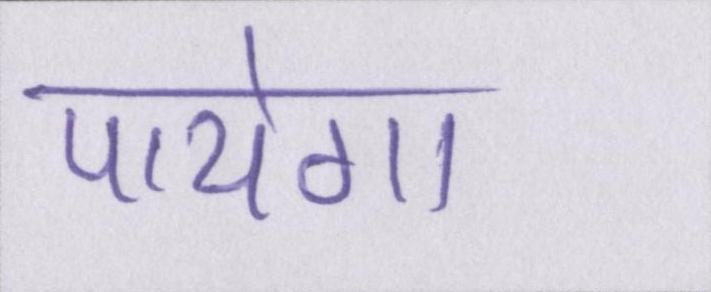
पायेगा